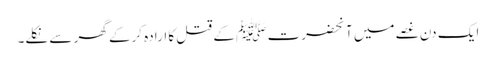
ایک دن غصے میں آنحضرت ﷺ کے قتل کا ارادہ کرکے گھر سے نکلے۔